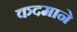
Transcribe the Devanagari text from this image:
कदमाने